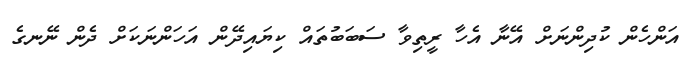
އަންހެން ކުދިންނަށް އޭނާ އެހާ ރީތިވާ ސަބަބުތައް ކިޔައިދޭން އަހަންނަކަށް ދެން ނޭނގެ